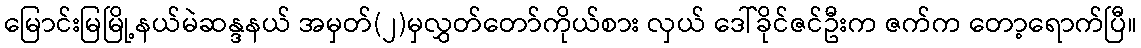
မြောင်းမြမြို့နယ်မဲဆန္ဒနယ် အမှတ်(၂)မှလွှတ်တော်ကိုယ်စား လှယ် ဒေါ်ခိုင်ဇင်ဦးက ဇက်က တော့ရောက်ပြီ။